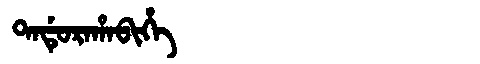
Manchu: ᡨᠠᡩᡠᡵᠠᡥᠠᠪᡳᡥᡝ
Romanization: TADURAHABIHE